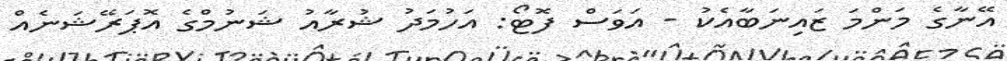
އޭނާގެ މަންމަ ޒައިނަބާއެކު - އަވަސް ފޮޓޯ: އަހުމަދު ޝުރާއު ޝަނުމްގެ އޮޕަރޭޝަނެއް